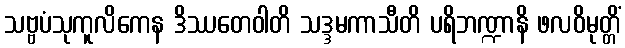
သဗ္ဗပံသုကူလိကေန ဒိဿတေဝါတိ သဒ္ဒမကာသီတိ ပရိဘဏ္ဍာနိ ဖလဝိမုတ္တိံ